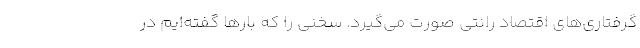
گرفتاری‌های اقتصاد رانتی صورت می‌گیرد. سخنی را که بارها گفته‌ایم در